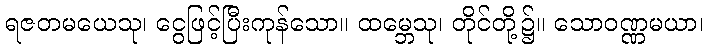
ရဇတမယေသု၊ ငွေဖြင့်ပြီးကုန်သော။ ထမ္ဘေသု၊ တိုင်တို့၌။ သောဝဏ္ဏမယာ၊